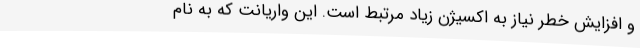
و افزایش خطر نیاز به اکسیژن زیاد مرتبط است. این واریانت که به نام